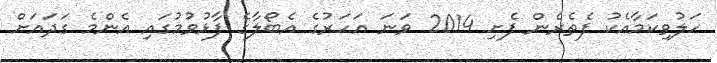
ހަލުވިކަމާއެކު ފެތެރެން ފެށި 2014 ވަނަ އަހަރުގެ އެބޯލާގެ ފާޅުވުމުގައި އެންމެ ގަދައަށް